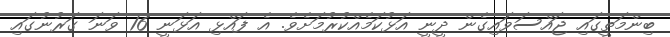
ބިންމަތީގައި ޖައްސަވައިގެން ދީނީ އަޅުކަމެއްކުރުމަށެވެ. އެ ފައްޅި އަޅަނީ 16 ވަނަ ގަރުނުގައި